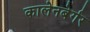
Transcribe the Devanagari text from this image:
कालेनबेर्गर